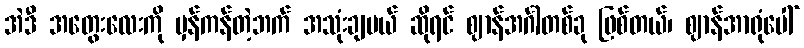
အဲဒီ အတွေးလေးကို မှန်ကန်တဲ့ဘက် အသုံးချမယ် ဆိုရင် ဈာန်အင်္ဂါတစ်ခု ဖြစ်တယ်၊ ဈာန်အာရုံပေါ်